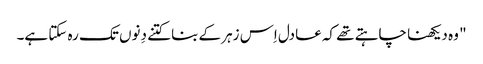
" وہ دیکھنا چاہتے تھے کہ عادل اِس زہر کے بنا کتنے دِنوں تک رہ سکتا ہے۔